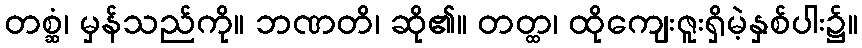
တစ္ဆံ၊ မှန်သည်ကို။ ဘဏတိ၊ ဆို၏။ တတ္ထ၊ ထိုကျေးဇူးရှိမဲ့နှစ်ပါး၌။